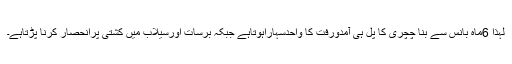
لہٰذا 6ماہ بانس سے بنا چچری کا پل ہی آمدورفت کا واحدسہاراہوتاہے جبکہ برسات اورسیلاب میں کشتی پرانحصار کرنا پڑتاہے۔